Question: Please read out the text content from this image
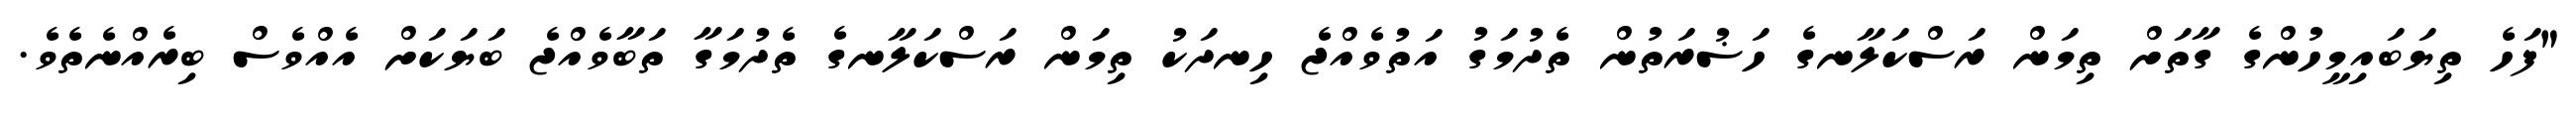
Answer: "ފަހެ ތިޔަބައިމީހުންގެ ގާތަށް ތިމަން ރަސްކަލާނގެ ހަޟުރަތުން ތެދުމަގު އަތުވެއްޖެ ހިނދަކު ތިމަން ރަސްކަލާނގެ ތެދުމަގާ ތަބާވެއްޖެ ބަޔަކަށް އެއްވެސް ބިރެއްނެތެވެ.